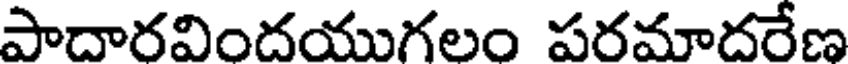
పాదారవిందయుగలం పరమాదరేణ